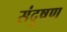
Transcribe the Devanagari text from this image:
संदुषण